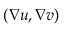
\left( \nabla u , \nabla v \right)